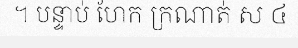
។ បន្ទាប់ ហែក ក្រណាត់ ស ៤